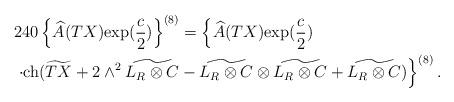
LaTeX: \begin{align*}&240\left\{\widehat{A}(TX){\rm exp}(\frac{c}{2})\right\}^{(8)}=\left\{\widehat{A}(TX){\rm exp}(\frac{c}{2})\right.\\&\left.\cdot{\rm ch}(\widetilde{TX}+2\wedge^2\widetilde{L_R\otimes C}-\widetilde{L_R\otimes C}\otimes \widetilde{L_R\otimes C}+\widetilde{L_R\otimes C})\right\}^{(8)}.\end{align*}